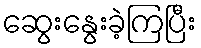
ဆွေးနွေးခဲ့ကြပြီး